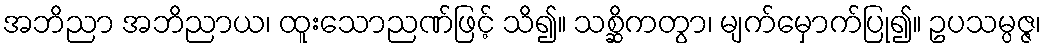
အဘိညာ အဘိညာယ၊ ထူးသောညဏ်ဖြင့် သိ၍။ သစ္ဆိကတွာ၊ မျက်မှောက်ပြု၍။ ဥပသမ္ပဇ္ဇ၊